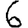
Digit: 6